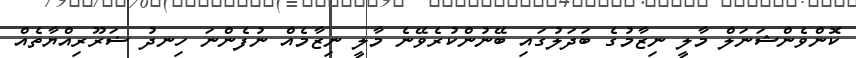
ކޮންވެންޝަނަލް މާލީ ނިޒާމުގެ ބަދަލުގައި ބޭނުންކުރެވޭނެ މާލީ ނިޒާމެއް ނުފެންނަ ހިނދު ޟަރޫރިއްޔާތެއް